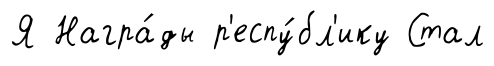
Я Награ́ды р'еспу́бл'ику Стал